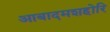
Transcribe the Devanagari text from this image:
आबादमशहोरि